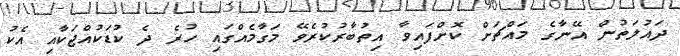
ދައުލަތުން އޭނާގެ މައްޗަށް ކޮށްފައިވާ އިތުބާރުކުރެވޭ މަގާމެއްގައި ހުރެ ދެ ކުޑަކުއްޖަކާއި އެކު